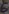
Text: 6